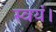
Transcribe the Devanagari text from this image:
स्वयं।